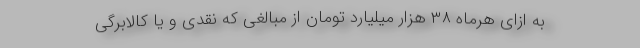
به ازای هرماه ۳۸ هزار میلیارد تومان از مبالغی که نقدی و یا کالابرگی